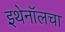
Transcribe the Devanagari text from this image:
इथेनॉलचा